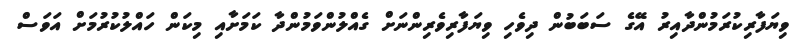
ވިޔަފާރިކުރަމުންދާއިރު އޭގެ ސަބަބުން ދިވެހި ވިޔަފާރިވެރިންނަށް ގެއްލުންވަމުންދާ ކަމަށާއި މިކަން ހައްލުކުރުމަށް އަވަސް